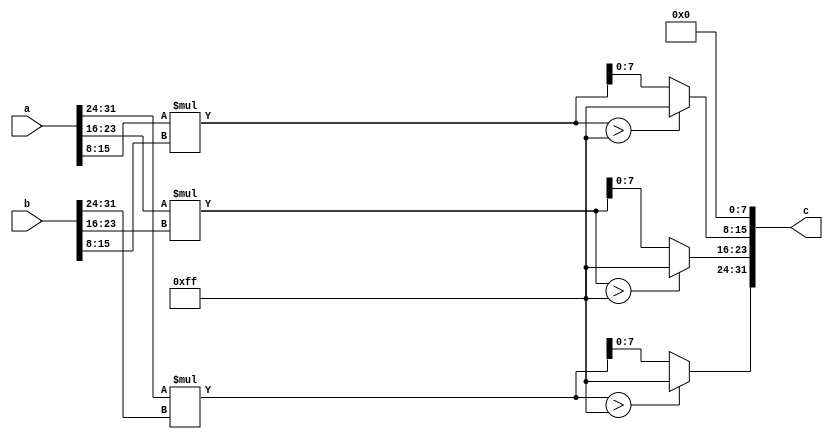
`timescale 1ns/1ps
 
module multiplier
(
	a, b, c
);

	input [31:0] a;
	input [31:0] b;
	output [31:0] c;
	
	wire[15:0] x,y,z;
	
	assign x = a[31:24] * b[31:24];
	assign y = a[23:16] * b[23:16];
	assign z = a[15:8]  *  b[15:8];
	
	assign c = {x > 8'hff ? 8'hff : x[7:0],
					y > 8'hff ? 8'hff : y[7:0],
					z > 8'hff ? 8'hff : z[7:0],
					8'b0};

endmodule

module adder
(
	a, b, c, d
);

	input [31:0] a;
	input [31:0] b;
	input [31:0] c;
	output [31:0] d;
	
	wire [15:0] e;
	
	assign e = a[31:24] + b[31:24] + c[31:24]
				+ a[23:16] + b[23:16] + c[23:16]
				+ a[15:8]  + b[15:8]  + c[15:8];
	
	assign d = e > 8'hff ? 8'hff : e[7:0]; 

endmodule

module mean
(
	a, b
);

	input [31:0] a;
	output [31:0] b;
	
	wire [31:0] c;
	
	assign c = (a[31:24] + a[23:16] + a[15:8] + a[7:0]);
	
	assign b = (c >> 2) + (c[1] ? 10'b1 : 10'b0);

endmodule

module zero_mean
(
	a, b, e
);

	input [31:0] a;
	input [31:0] e; // mean
	output [31:0] b;
	
	wire [9:0] c, d;
	wire [15:0] x, y, z, t;
	
	assign x = a[31:24] - e;
	assign y = a[23:16] - e;
	assign z = a[15:8]  - e;
	assign t = a[7:0]   - e;
	
	assign b = {x[15] ? 8'h0 : x[7:0],
					y[15] ? 8'h0 : y[7:0],
					z[15] ? 8'h0 : z[7:0],
					t[15] ? 8'h0 : t[7:0]};

endmodule

module variance
(
	a, b, c
);

	input  [31:0] a; // matrix
	input  [31:0] b; // mean 
	output [31:0] c;
	
	wire [31:0] d,e,f,g, d1,e1,f1,g1;
	wire [63:0] i, j;
	
	
	assign d = {24'b0, a[31:24]} - b;
	assign e = {24'b0, a[23:16]} - b;
	assign f = {24'b0, a[15:8] } - b;
	assign g = {24'b0, a[7:0]  } - b;
	
	assign d1 = d[31] ? ~d + 32'b1 : d;
	assign e1 = e[31] ? ~e + 32'b1 : e;
	assign f1 = f[31] ? ~f + 32'b1 : f;
	assign g1 = g[31] ? ~g + 32'b1 : g;
	
	
	assign i = d1*d1 + e1*e1 + f1*f1 + g1*g1;
	
	assign j = (i >> 2) + (i[1] ? 32'b1 : 32'b0); // handles round properly
	
	assign c = j[31:0];	
	
endmodule



// Module Declaration
module ai_accel
(
        rst_n		,  // Reset Neg
        clk,         // Clk
        addr		,  // Address
		  wr_en,		   //Write enable
		  accel_select,
		  data_in,
		  ctr,
        data_out	   // Output Data
    );
	 
	 input rst_n;
	 input clk;
	 input [31:0] addr;
	 input wr_en;
	 input accel_select;
	 input [31:0] data_in;
	 output [31:0] data_out;
	 output [15:0] ctr;
	 
	 reg [31:0] data_out;
 
	 reg go_bit;
	 wire go_bit_in;
	 reg done_bit;
	 wire done_bit_in;

	 reg [15:0] counter;
	 
	 //reg [31:0] data_A;
	 //reg [31:0] data_B;
	 wire [31:0] data_G;
	 reg [31:0] result;

	 
	 //reg [7:0] in1, in2;
	 //wire[7:0] out;

	 // Image matrix row registers declaration
	 reg [31:0] img_row_1, 
					img_row_2, 
					img_row_3, 
					img_row_4;
					
	 // Mask matrix row registers declaration			
	 reg [31:0] msk_row_1, 
					msk_row_2, 
					msk_row_3;
					
	 // Multipliers output result wires declaration
	 wire [31:0] m_out_1_1, m_out_1_2, m_out_1_3, m_out_1_4,
					 m_out_2_1, m_out_2_2, m_out_2_3, m_out_2_4,
					 m_out_3_1, m_out_3_2, m_out_3_3, m_out_3_4;
					 
	// Adders output result wires declaration
	 wire [31:0] a_out_1,
					 a_out_2,
					 a_out_3,
					 a_out_4;
					 
	// Mean output wire declaration
	 wire [31:0] mean_out;
					 
	// Normalizer output wire declaration
	 wire[31:0] z_mean_out;
	 
	// Variance output wire declaration
	 wire[31:0] var_out;
	 
	 //assign ctr = counter;
	 assign ctr = counter;
	 
	 //always @(addr[4:2], data_A, data_B, data_C, counter, done_bit, go_bit, counter) begin
	 always @(addr[6:2], img_row_1, img_row_2, img_row_3, img_row_4,
				 msk_row_1, msk_row_2, msk_row_3,
				 data_G, counter, done_bit, go_bit, counter) begin
		case(addr[6:2])
		5'b01000: data_out = {done_bit, 30'b0, go_bit};
		5'b01001: data_out = {16'b0, counter}; 
		//3'b010: data_out = data_A;
		//3'b011: data_out = data_B;
		5'b01010: data_out = img_row_1;
		5'b01011: data_out = img_row_2;
		5'b01100: data_out = img_row_3;
		5'b01101: data_out = img_row_4;
		5'b01110: data_out = msk_row_1;
		5'b01111: data_out = msk_row_2;
		5'b10000: data_out = msk_row_3;
		5'b10001: data_out = data_G;
		default: data_out = 32'b1;
		endcase
	 end
	 
	 assign go_bit_in = (wr_en & accel_select & (addr[6:2] == 5'b01000));
	
	 always @(posedge clk or negedge rst_n)
		if(~rst_n) go_bit <= 1'b0;
		else go_bit <=  go_bit_in ? 1'b1 : 1'b0;
		
	 always @(posedge clk or negedge rst_n)
		if(~rst_n) begin
			counter <= 16'b0;
			
			img_row_1 <= 32'b0;
			img_row_2 <= 32'b0;
			img_row_3 <= 32'b0;
			img_row_4 <= 32'b0;
			
			msk_row_1 <= 32'b0;
			msk_row_2 <= 32'b0;
			msk_row_3 <= 32'b0;
			
			//data_A <= 32'b0;
			//data_B <= 32'b0;
		end
		else begin
			if (wr_en & accel_select) begin	
				img_row_1 <= (addr[6:2] == 5'b01010) ? data_in : img_row_1;
				img_row_2 <= (addr[6:2] == 5'b01011) ? data_in : img_row_2;
				img_row_3 <= (addr[6:2] == 5'b01100) ? data_in : img_row_3;
				img_row_4 <= (addr[6:2] == 5'b01101) ? data_in : img_row_4;
				
				msk_row_1 <= (addr[6:2] == 5'b01110) ? data_in : msk_row_1;
				msk_row_2 <= (addr[6:2] == 5'b01111) ? data_in : msk_row_2;
				msk_row_3 <= (addr[6:2] == 5'b10000) ? data_in : msk_row_3;
				
				//data_A <= (addr[4:2] == 3'b010) ? data_in : data_A;
				//data_B <= (addr[4:2] == 3'b011) ? data_in : data_B;
			end
			else begin
				img_row_1 <= img_row_1;
				img_row_2 <= img_row_2;
				img_row_3 <= img_row_3;
				img_row_4 <= img_row_4;
				
				msk_row_1 <= msk_row_1; 
				msk_row_2 <= msk_row_2;
				msk_row_3 <= msk_row_3;
								
				//data_A <= data_A;
				//data_B <= data_B;
			end
			counter <= go_bit_in? 16'h00 : done_bit_in ? counter : counter +16'h01;
		end
		
	 /*		
	 always @(data_A, counter) begin
		case(counter)
		16'b0: 	in1 = data_A[7:0];
		16'b1:	in1 = data_A[15:8];
		16'b10:	in1 = data_A[23:16];
		default: in1 = data_A[7:0];
		endcase
	 end
	 */
	/*
	  always @(data_B, counter) begin
		case(counter)
		32'b0: 	in2 = data_B[7:0];
		32'b1:	in2 = data_B[15:8];
		32'b10:	in2 = data_B[23:16];
		default: in2 = data_B[7:0];
		endcase
	 end
	 */
	 
	 //multiplier mul(.a(in1), .b(in2), .c(out));
	 
	 // Multipliers declaration
	 multiplier mul_1_1(.a(msk_row_1), .b({img_row_1[31:8], 8'b0}), .c(m_out_1_1)); // left  first  row X mask first  row
	 multiplier mul_1_2(.a(msk_row_1), .b({img_row_1[23:0], 8'b0}), .c(m_out_1_2)); // right first  row X mask first  row
	 multiplier mul_1_3(.a(msk_row_1), .b({img_row_2[31:8], 8'b0}), .c(m_out_1_3)); // left  second row X mask first  row
	 multiplier mul_1_4(.a(msk_row_1), .b({img_row_2[23:0], 8'b0}), .c(m_out_1_4)); // right second row X mask first  row
	 
	 multiplier mul_2_1(.a(msk_row_2), .b({img_row_2[31:8], 8'b0}), .c(m_out_2_1)); // left  second row X mask second row
	 multiplier mul_2_2(.a(msk_row_2), .b({img_row_2[23:0], 8'b0}), .c(m_out_2_2)); // right second row X mask second row
	 multiplier mul_2_3(.a(msk_row_2), .b({img_row_3[31:8], 8'b0}), .c(m_out_2_3)); // left  third  row X mask second row
	 multiplier mul_2_4(.a(msk_row_2), .b({img_row_3[23:0], 8'b0}), .c(m_out_2_4)); // right third  row X mask second row
	 
	 multiplier mul_3_1(.a(msk_row_3), .b({img_row_3[31:8], 8'b0}), .c(m_out_3_1)); // left  third  row X mask third  row
	 multiplier mul_3_2(.a(msk_row_3), .b({img_row_3[23:0], 8'b0}), .c(m_out_3_2)); // right third  row X mask third  row
	 multiplier mul_3_3(.a(msk_row_3), .b({img_row_4[31:8], 8'b0}), .c(m_out_3_3)); // left  fourth row X mask third  row
	 multiplier mul_3_4(.a(msk_row_3), .b({img_row_4[23:0], 8'b0}), .c(m_out_3_4)); // right fourth row X mask third  row
	 
	 
	 // Adders declaration
	 adder add_1(.a(m_out_1_1), .b(m_out_2_1), .c(m_out_3_1), .d(a_out_1)); // left  top    corner square
	 adder add_2(.a(m_out_1_2), .b(m_out_2_2), .c(m_out_3_2), .d(a_out_2)); // right top    corner square
	 adder add_3(.a(m_out_1_3), .b(m_out_2_3), .c(m_out_3_3), .d(a_out_3)); // left  bottom corner square
	 adder add_4(.a(m_out_1_4), .b(m_out_2_4), .c(m_out_3_4), .d(a_out_4)); // right bottom corner square
	 
	 // Mean declaration
	 mean mn(.a({a_out_1[7:0], a_out_2[7:0], a_out_3[7:0], a_out_4[7:0]}), .b(mean_out));
	 
	 // Zero mean declaration
	 zero_mean z_mean(.a({a_out_1[7:0], a_out_2[7:0], a_out_3[7:0], a_out_4[7:0]}),
							.b(z_mean_out), .e(mean_out)); // shifts mean of matrix to zero
							
	 // Variance declaration
	 variance var(.a({a_out_1[7:0], a_out_2[7:0], a_out_3[7:0], a_out_4[7:0]}),
					  .b(mean_out), .c(var_out));
	 
	//wire [31:0] result_in;

	assign data_G = z_mean_out; // send normalized result to output of the accelerator
							 
	 always @(posedge clk or negedge rst_n)
		if(~rst_n) result <=32'h0;
		//else result <= result_in;
	 	 
	 //assign data_G = result;
	 
	 assign done_bit_in = !(z_mean_out != 32'd0) ;
	 
	 always @(posedge clk or negedge rst_n)
		if(~rst_n) done_bit <= 1'b0;
		else done_bit <= go_bit_in ? 1'b0 : done_bit_in;
	 
endmodule